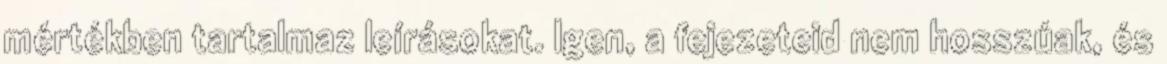
mértékben tartalmaz leírásokat. Igen, a fejezeteid nem hosszúak, és